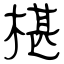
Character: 椹